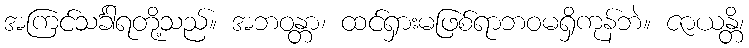
အကြင်သင်္ခါရတို့သည်။ အဘဝန္တာ၊ ထင်ရှားမဖြစ်ရာဘဝမရှိကုန်ဘဲ။ ဇာယန္တိ၊